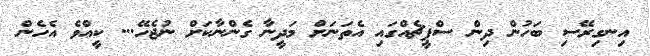
އިނގިރޭސި ބަހުން ދިން ސްޕީޗެއްގައި އެތަނަށް މަދީނާ ގެންނާކަށް ނުޖެހޭ... ކީއްވެ އެހެން